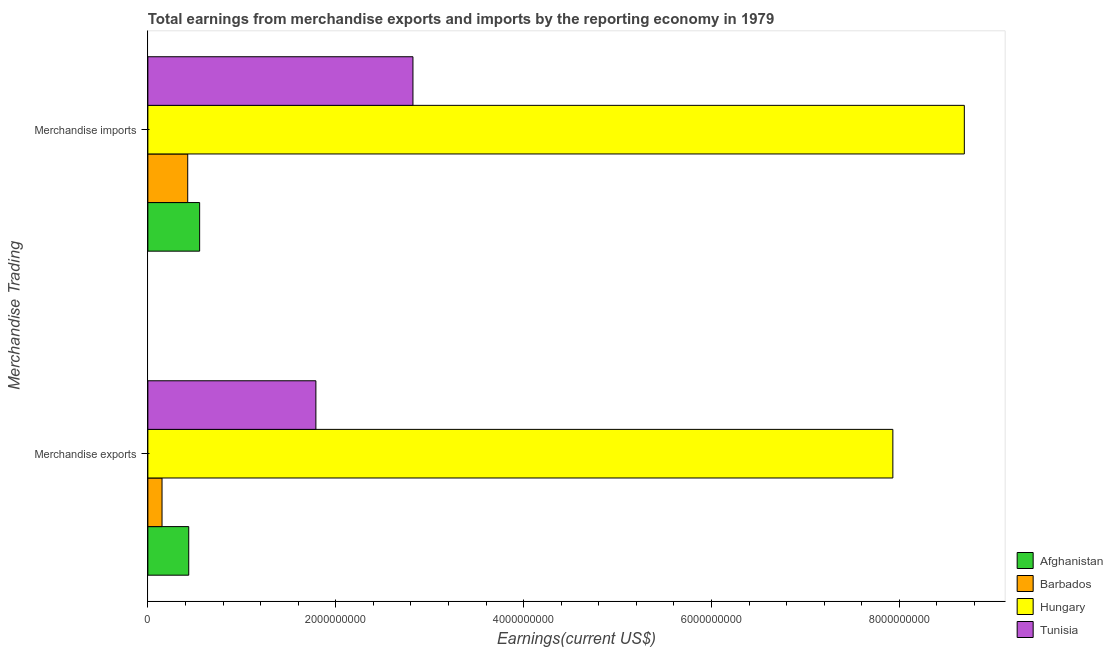
| Merchandise Trading | Afghanistan | Barbados | Hungary | Tunisia |
 | --- | --- | --- | --- | --- |
 | Merchandise exports | 4.35e+08 | 1.51e+08 | 7.93e+09 | 1.79e+09 |
 | Merchandise imports | 5.51e+08 | 4.24e+08 | 8.69e+09 | 2.82e+09 |